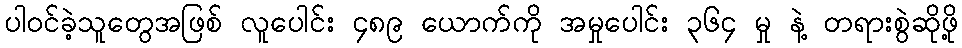
ပါဝင်ခဲ့သူတွေအဖြစ် လူပေါင်း ၄၈၉ ယောက်ကို အမှုပေါင်း ၃၆၄ မှု နဲ့ တရားစွဲဆိုဖို့